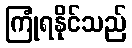
ကြုံရနိုင်သည်